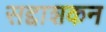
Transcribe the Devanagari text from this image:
सद्दाशकन